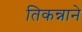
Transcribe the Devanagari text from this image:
तिकन्नाने